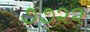
૭૭૨૨